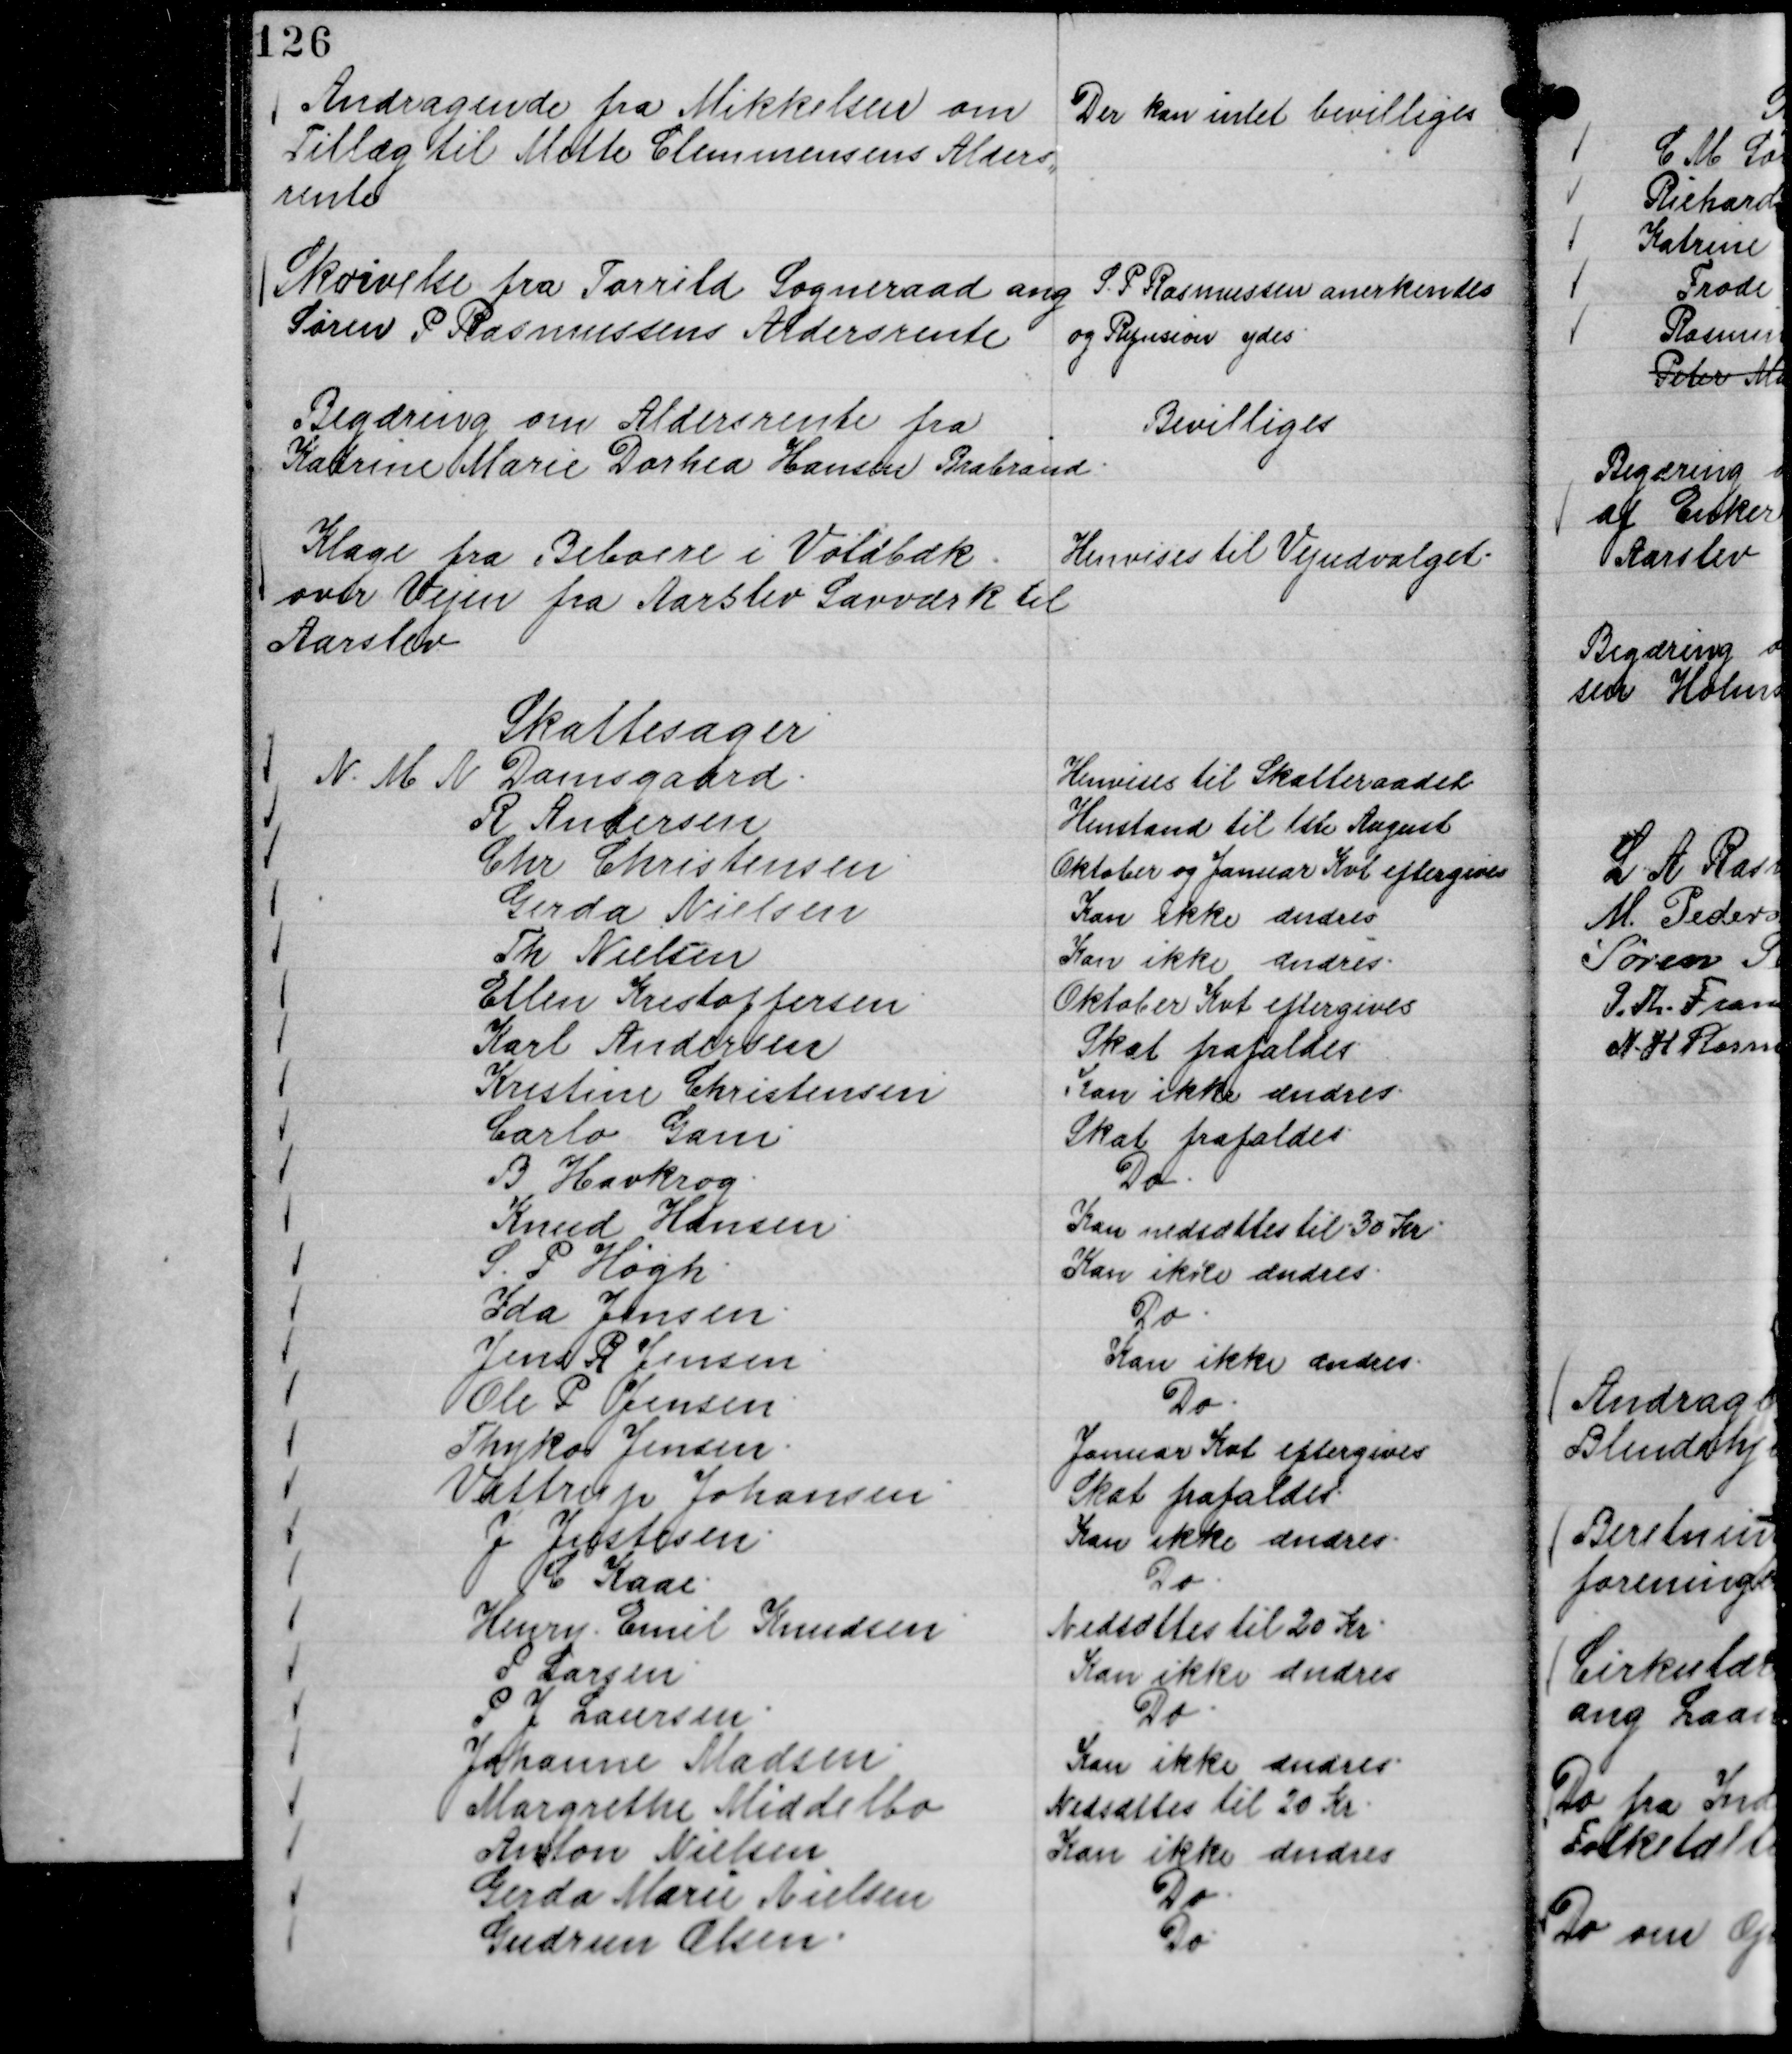
Transskription:
Andragende fra Mikkelsen om
Tillæg til Mette Clemmensens Alders,,
rente

Der kan intet bevilliges

Skrivelse fra Torrild Sogneraad ang
Søren P Rasmussens Aldersrente

S. P Rasmussen anerkendes
og Refusion ydes.

Begæring om Aldersrente fra
Katrine Marie Dorhea Hansen Brabrand.

Bevilliges

Klage fra Beboere i Voldbæk
over Vejen fra Aarslev Savværk til
Aarslev

Henvises til Vejudvalget.

Skattesager
N. M N Damsgaard.
Henvises til Skatteraadet
R Andersen
Henstand til 1ste August
Chr Christensen
Oktober og Januar Kvt eftergives
Gerda Nielsen
Kan ikke ændres
Th Nielsen
Kan ikke ændres.
Ellen Kristoffersen
Oktober Kvt eftergives
Karl Andersen
Skat frafaldes
Kristine Christensen
Kan ikke ændres
Carlo Gam
Skat frafaldes
B Havkrog.
Do.
Knud Hansen.
Kan nedsættes til 30 Kr.
S. P Høgh
Kan ikke ændres
Ida Jensen.
Do.
Jens R Jensen.
Kan ikke ændres.
Ole P Jensen.
Do.
Thyko Jensen.
Januar Kvt eftergives
Vattrup Johansen.
Skat frafaldes.
J Justesen.
Kan ikke ændres.
C Kaae.
Do.
Henry Emil Knudsen
Nedsættes til 20 Kr.
P Larsen
Kan ikke ændres
P J Laursen
Do
Johanne Madsen
Kan ikke ændres.
Margrethe Middelbo
Nedsættes til 20 Kr.
Anton Nielsen
Kan ikke ændres
Gerda Marie Nielsen
Do.
Gudrun Olsen.
Do.